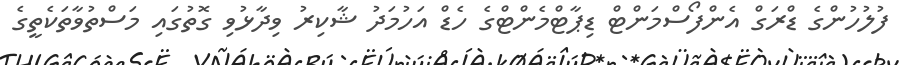
ފުލުހުންގެ ޑްރަގް އެންފޯސްމަންޓް ޑިޕާޓްމެންޓްގެ ހެޑް އަހުމަދު ޝާކިރު ވިދާޅުވި ގޮތުގައި މަސްތުވާތަކެތީގެ